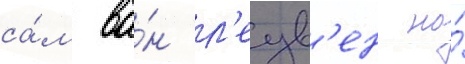
са́м ва́н л'еув'ен на́